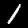
Label: 1